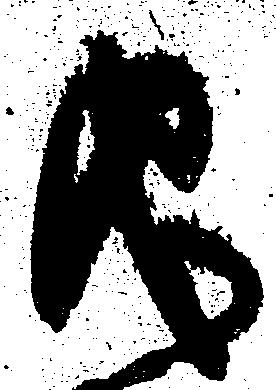
儀